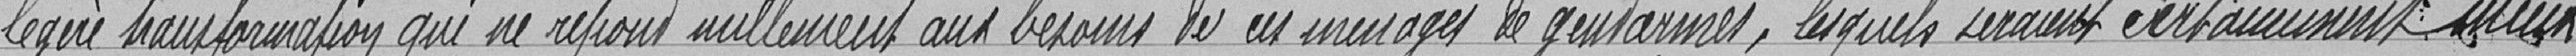
légère transformation qui ne répond nullement aux besoins de ces ménages de gendarmes, lesquels seraient certainement mieux